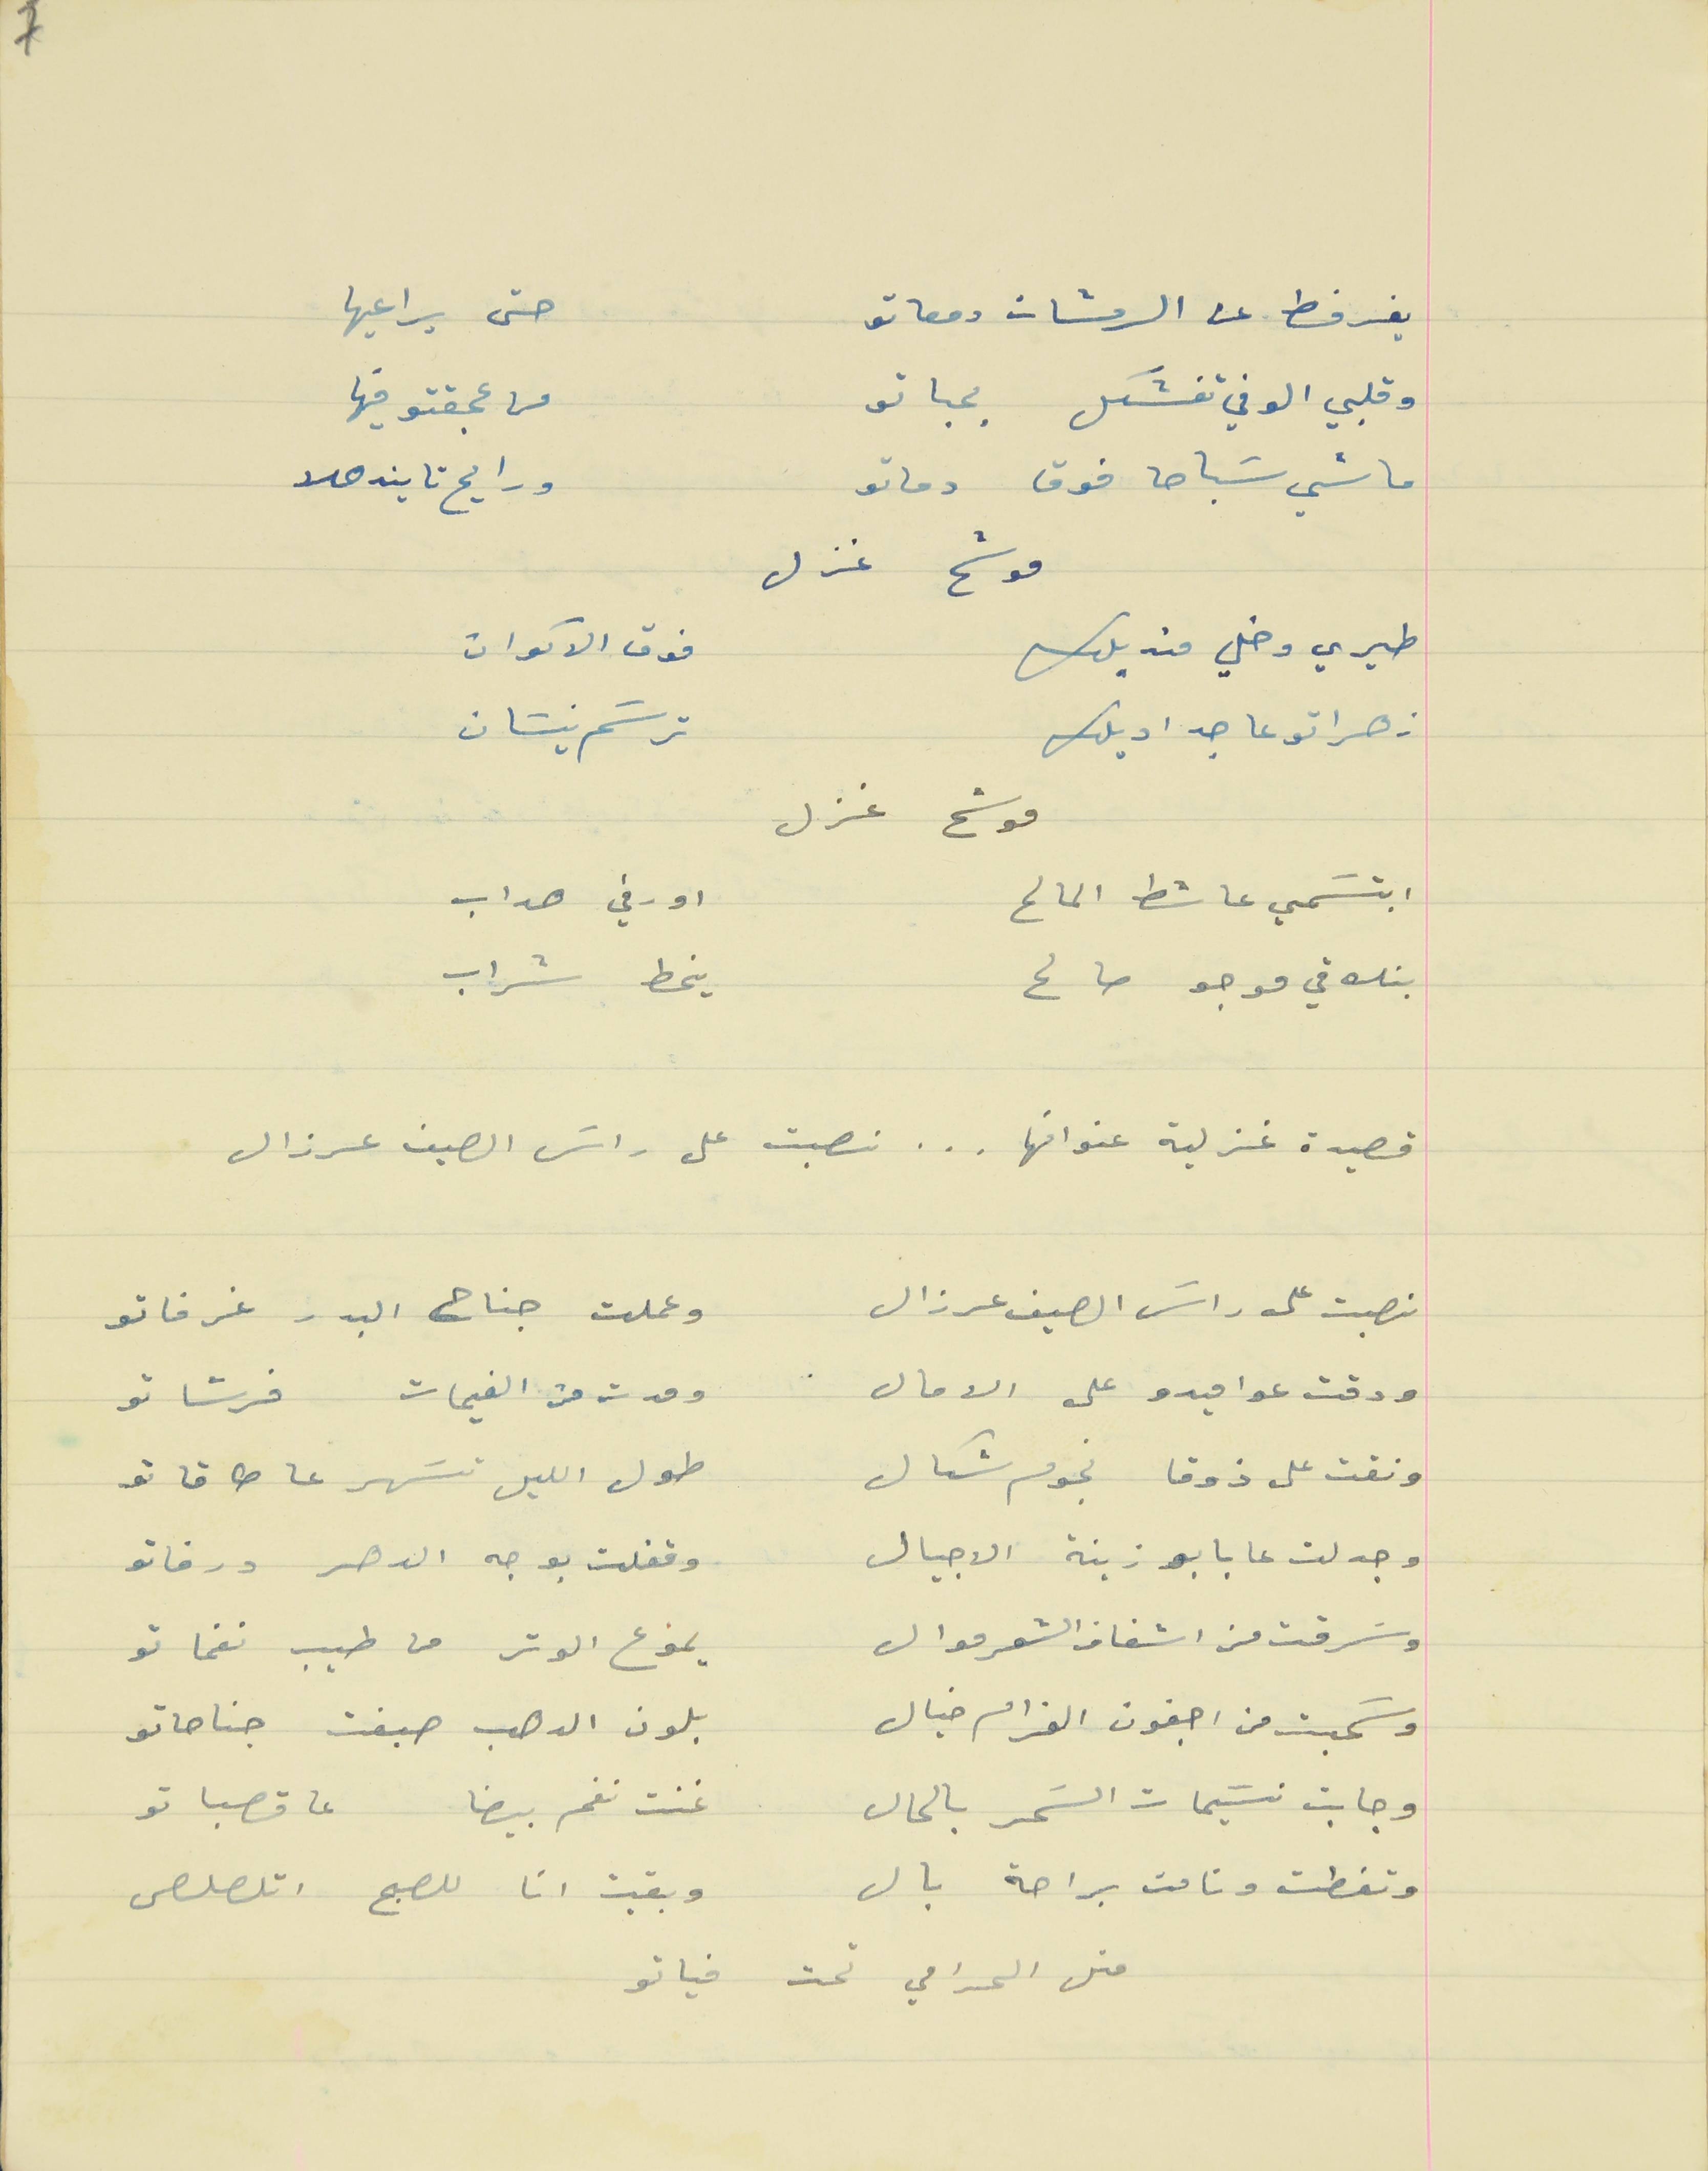
يفرفط عن الرمشات دمعاتو                                             حتى يراعيها
وقلبي الوفي تفشكل  بحباتو                                            من عجقتو فيها
ماشي سَباحا فوق دماتو                                                   ورايح تايندهلا
موشح غزل
طيري وخلي منديلك                                             فوق الاكوان
زهراتو عا جداديلك                                              ترسَم نيسَان
ابتسَمي عاشط المالح                                       او رفي هداب
بتلاقي موجو صالح                                            ينحط شراب
قصيدة غزلية عنوانها . . . نصبت على راسَ الصيف عرزال
نصبت على راسَ الصيف عرزال                            وعملت جناح البدر غرفاتو
ودقت عواميدو على الامال                                 ومدت من الغيمات فرشاتو
ونقت على ذوقا نجوم شكال                               طول الليل تسَهر عا طاقاتو
 وجدلت عابا بو زينة الاجيال                                وقفلت بوجه الدهر ورقاتو
وسَرقت من اشفار الشعر موال                            يموع الوتر من طيب نغماتو
وسَحبت من اجفون الغرام خيال                           بلون الدهب صبغت جناحاتو
وجابت نسَيمات السَحر بالحال                              غنت نغم بيضا عا قصباتو
 وتغطت ونامت براحة بال                                  وبقيت انا للصبح اتلصلص
متل الحرامي تحت فياتو
موشح غزل